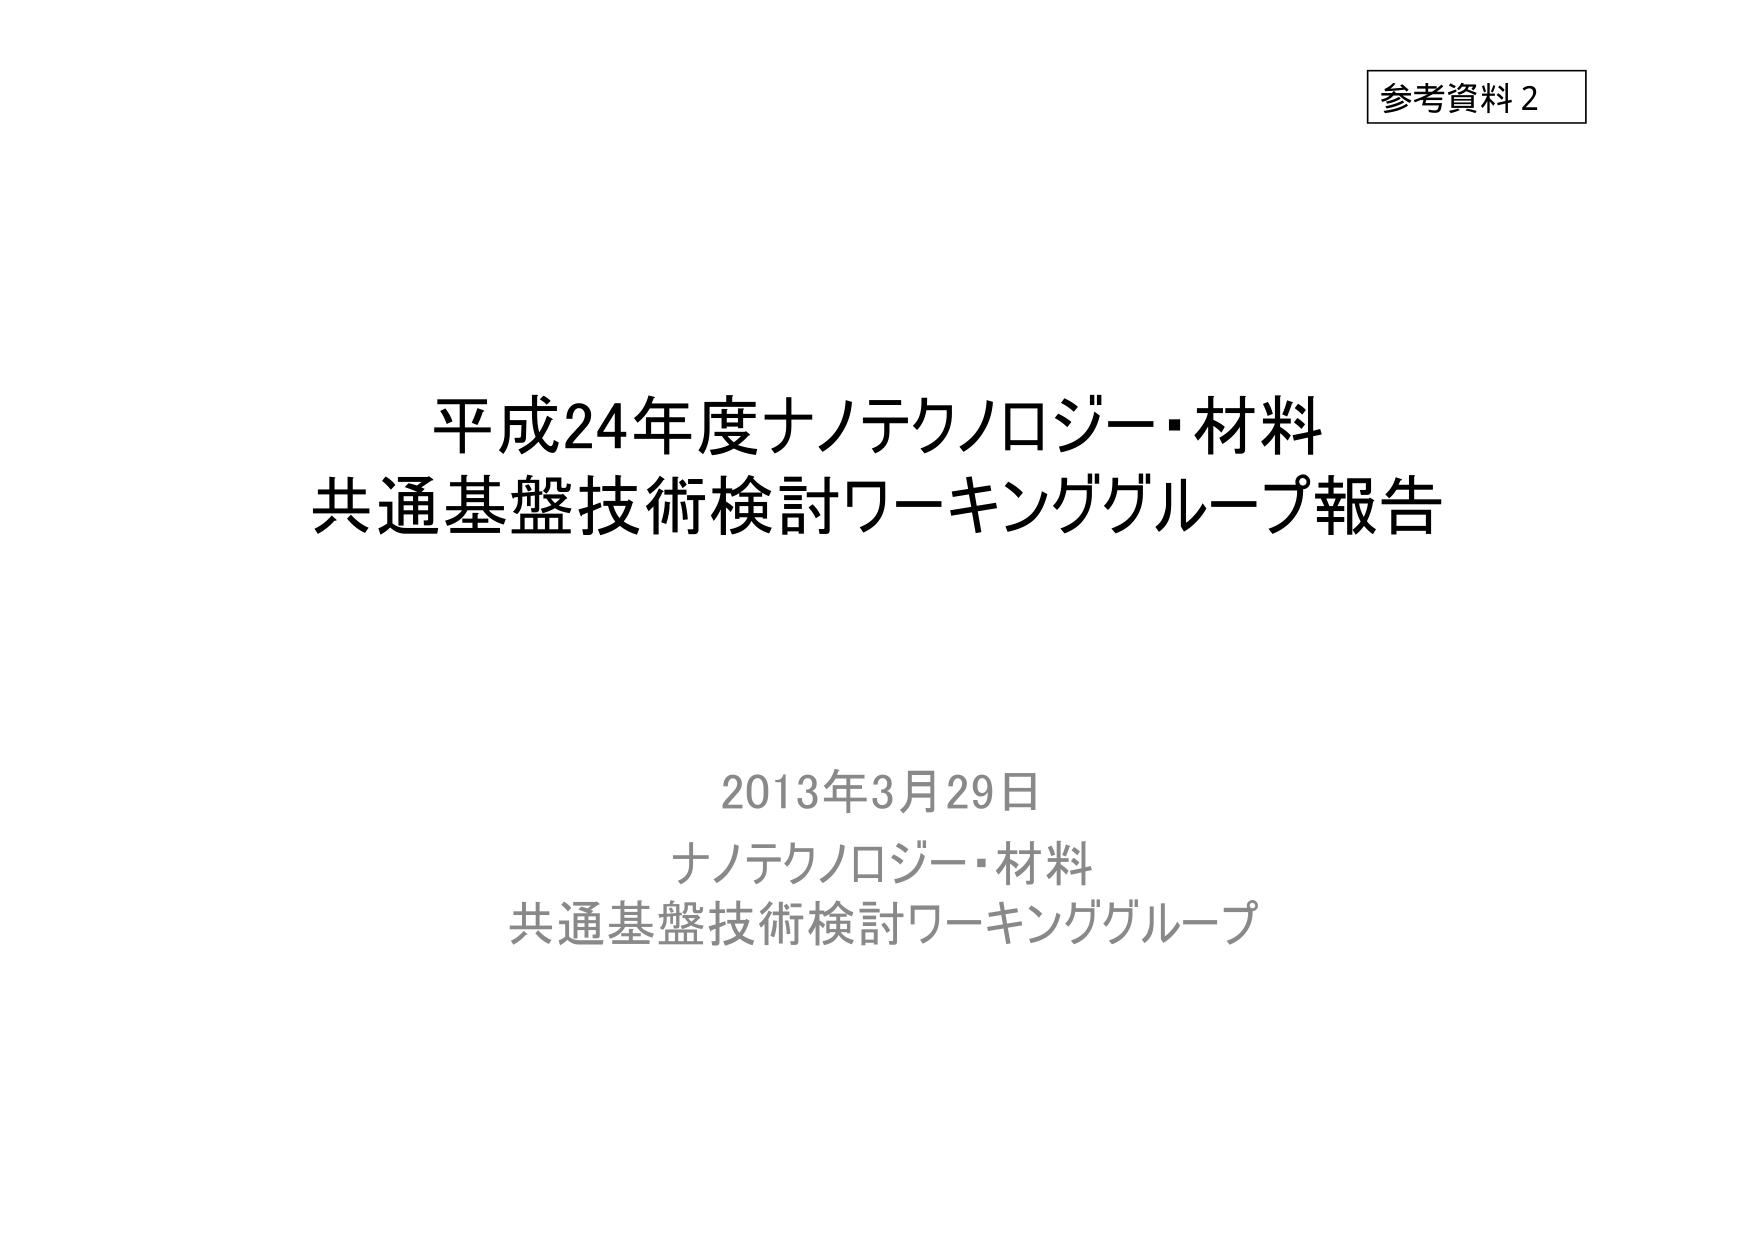
参考資料2

平成24年度ナノテクノロジー・材料
共通基盤技術検討ワーキンググループ報告

2013年3月29日
ナノテクノロジー・材料
共通基盤技術検討ワーキンググループ